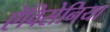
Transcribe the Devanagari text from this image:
ऐविसेनिया